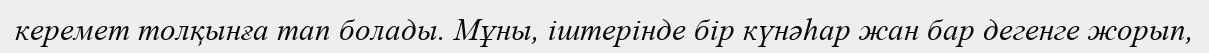
керемет толқынға тап болады. Мұны, іштерінде бір күнәһар жан бар дегенге жорып,